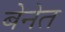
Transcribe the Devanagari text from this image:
बेनेत